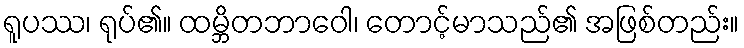
ရူပဿ၊ ရုပ်၏။ ထမ္ဘိတဘာဝေါ၊ တောင့်မာသည်၏ အဖြစ်တည်း။